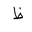
Letter: _za